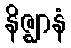
နိဇ္ဈာနံ